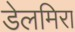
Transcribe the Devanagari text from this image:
डेलमिरा